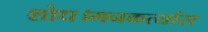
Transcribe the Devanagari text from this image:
शोध।मनकर्त्यास